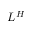
L ^ { H }